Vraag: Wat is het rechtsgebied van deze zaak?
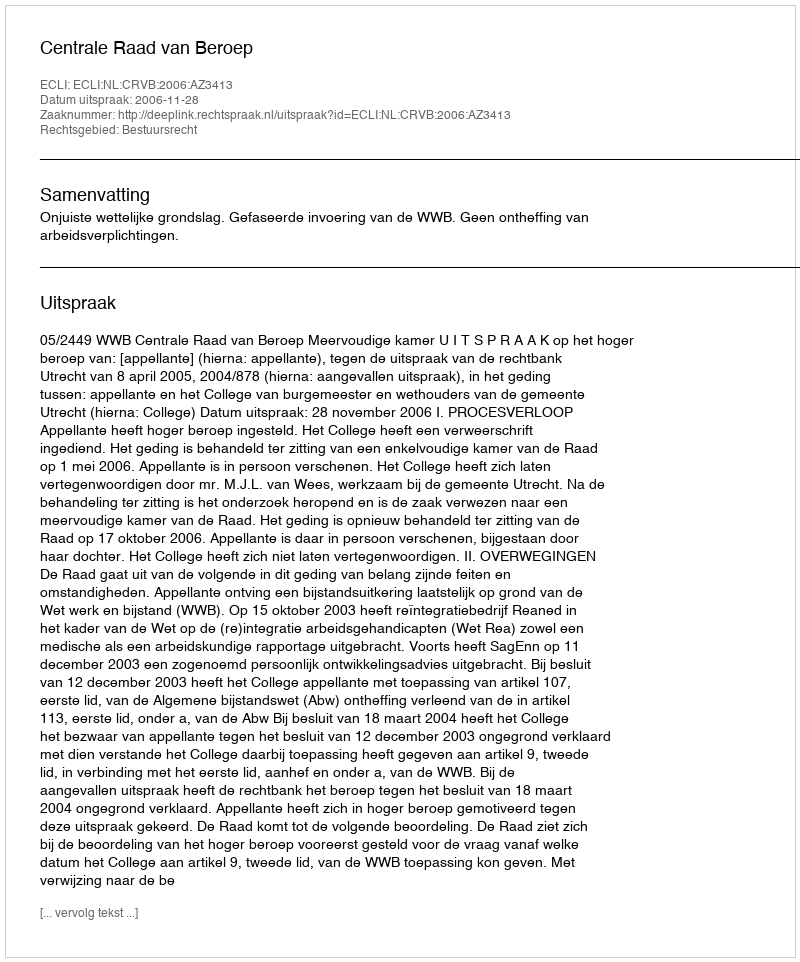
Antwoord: Bestuursrecht